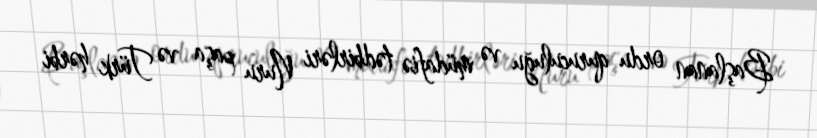
Başlanan ordu quruculuğu və müdafiə tədbirləri Nuru paşa və Türk hərbi